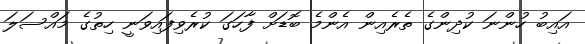
އައިބު ހުންނަ ކުދިންގެ ތެރެއިން އެންމެ ބޮޑަށް ފާހަގަ ކުރެވިފައިވަނީ ހިތުގެ މައްސަލަ